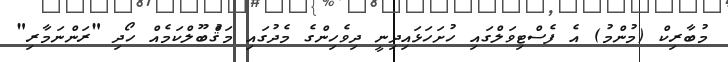
މުބާރިކް (މުންމު) އެ ފެސްޓިވަލްގައި ހުށަހަޅައިދިނީ ދިވެހިންގެ މެދުގައި މަޤްުބޫލްކަމެއް ހޯދި "ރަންނަމާރި"